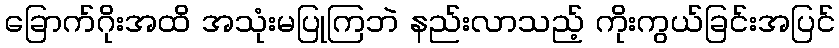
ခြောက်ဂိုးအထိ အသုံးမပြုကြဘဲ နည်းလာသည့် ကိုးကွယ်ခြင်းအပြင်